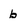
Character: b